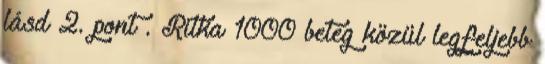
lásd 2. pont . Ritka 1000 beteg közül legfeljebb